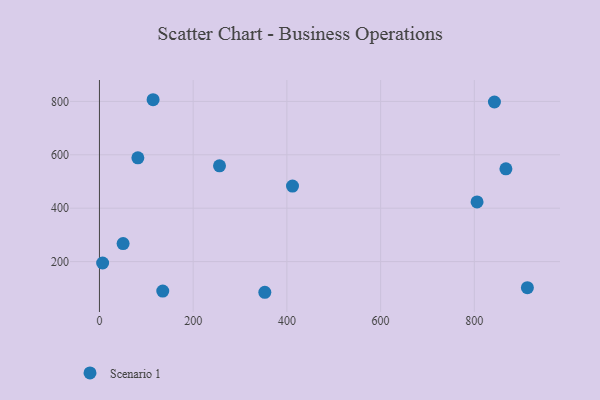
{"axis": {"x": "Price", "y": "Rating"}, "legend": ["Scenario 1"], "data": [{"x": "412.0", "y": 482.7, "type": "Scenario 1"}, {"x": "913.2", "y": 102.4, "type": "Scenario 1"}, {"x": "867.4", "y": 547.5, "type": "Scenario 1"}, {"x": "6.8", "y": 194.6, "type": "Scenario 1"}, {"x": "135.1", "y": 89.4, "type": "Scenario 1"}, {"x": "82.0", "y": 588.8, "type": "Scenario 1"}, {"x": "805.8", "y": 423.6, "type": "Scenario 1"}, {"x": "842.9", "y": 797.8, "type": "Scenario 1"}, {"x": "114.5", "y": 806.3, "type": "Scenario 1"}, {"x": "352.9", "y": 85.0, "type": "Scenario 1"}, {"x": "50.5", "y": 267.6, "type": "Scenario 1"}, {"x": "256.2", "y": 558.5, "type": "Scenario 1"}]}